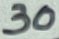
Text: 30